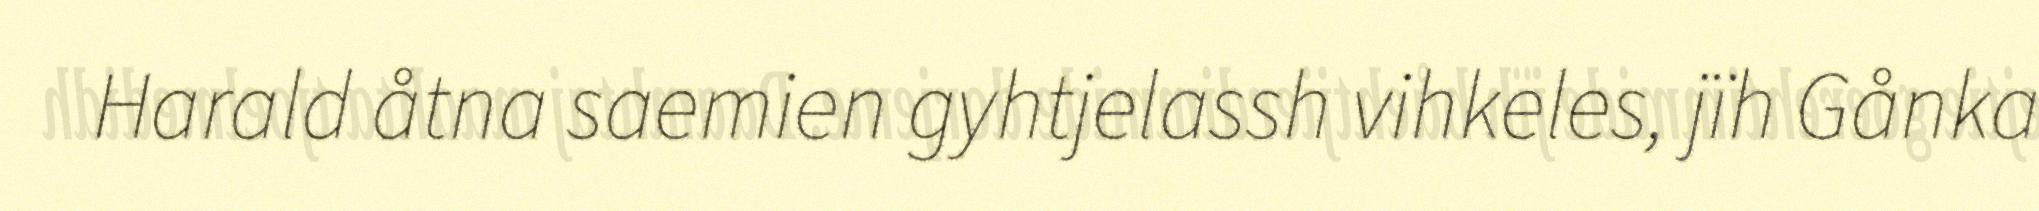
Harald åtna saemien gyhtjelassh vihkeles, jïh Gånka